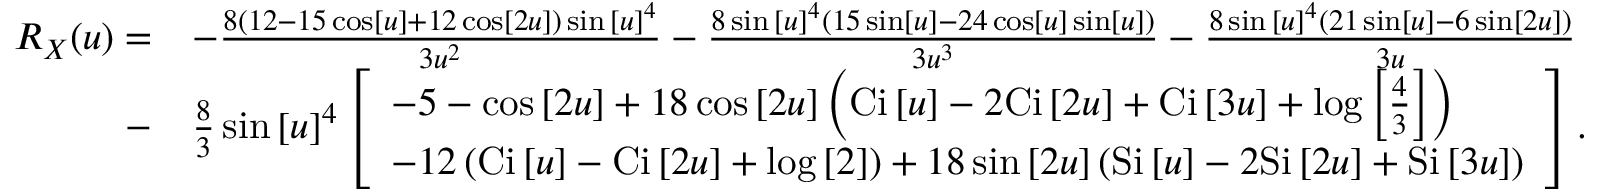
\begin{array} { r l } { { R _ { X } } ( u ) = } & { - \frac { { 8 \left( { 1 2 - 1 5 \cos \left[ u \right] + 1 2 \cos \left[ { 2 u } \right] } \right) \sin { { \left[ u \right] } ^ { 4 } } } } { { 3 { u ^ { 2 } } } } - \frac { { 8 \sin { { \left[ u \right] } ^ { 4 } } \left( { 1 5 \sin \left[ u \right] - 2 4 \cos \left[ u \right] \sin \left[ u \right] } \right) } } { { 3 { u ^ { 3 } } } } - \frac { { 8 \sin { { \left[ u \right] } ^ { 4 } } \left( { 2 1 \sin \left[ u \right] - 6 \sin \left[ { 2 u } \right] } \right) } } { { 3 u } } } \\ { - } & { \frac { 8 } { 3 } \sin { \left[ u \right] ^ { 4 } } \left[ \begin{array} { l } { - 5 - \cos \left[ { 2 u } \right] + 1 8 \cos \left[ { 2 u } \right] \left( { \mathrm { { C i } } \left[ u \right] - 2 { \mathrm { C i } } \left[ { 2 u } \right] + \mathrm { { C i } } \left[ { 3 u } \right] + \log \left[ { \frac { 4 } { 3 } } \right] } \right) } \\ { - 1 2 \left( { { \mathrm { C i } } \left[ u \right] - \mathrm { { C i } } \left[ { 2 u } \right] + \log \left[ 2 \right] } \right) + 1 8 \sin \left[ { 2 u } \right] \left( { { \mathrm { S i } } \left[ u \right] - 2 \mathrm { { S i } } \left[ { 2 u } \right] + { \mathrm { S i } } \left[ { 3 u } \right] } \right) } \end{array} \right] . } \end{array}